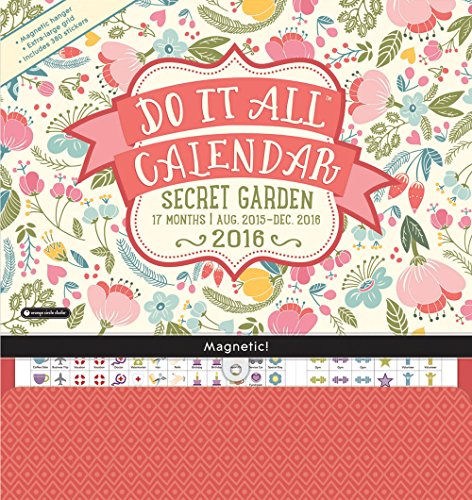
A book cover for Orange Circle Studio 17-Month 2016 Do It All Magnetic Wall Calendar, Secret Garden; Orange Circle Studios; Calendars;